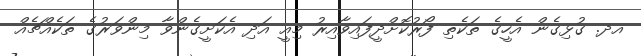
އދ. ގުޅިގެން އެހީގެ ތަކެތި ފޯރުކޮށްދީފައިވާއިރު މިއީ އަދި އެކަށީގެންވާ މިންވަރުގެ ތަކެއްޗެއް